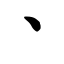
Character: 丶